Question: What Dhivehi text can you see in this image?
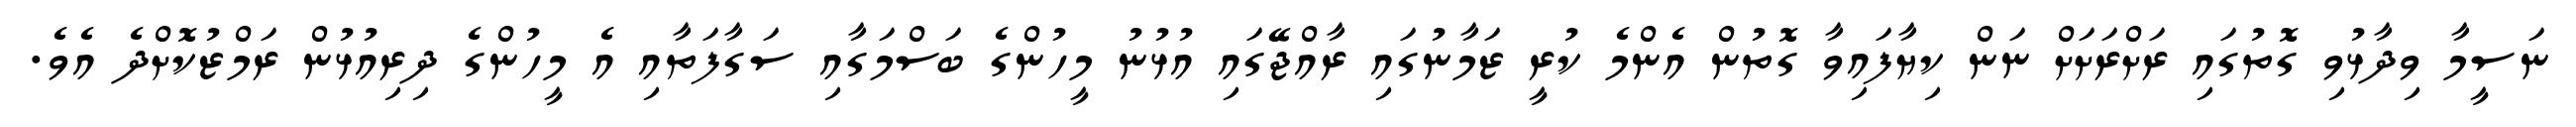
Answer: ނަސީމާ ވިދާޅުވި ގޮތުގައި ރަށްރަށަށް ނަން ކިޔާފައިވާ ގޮތުން އެންމެ ކުރީ ޒަމާނުގައި ރާއްޖޭގައި އުޅުނު މީހުންގެ ބަސްމަގާއި ސަގާފަތާއި އެ މީހުންގެ ދިރިއުޅުން ރަމްޒުކޮށްދެ އެވެ.